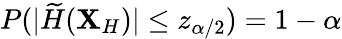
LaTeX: P(|\widetilde{H}(\mathbf{X}_{H})|\le z_{\alpha/2})=1-\alpha